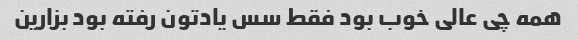
همه چی عالی خوب بود فقط سس یادتون رفته بود بزارین